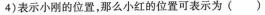
4)表示小刚的位置，那么小红的位置可表示为( )